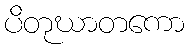
ပိတုဃာတကော